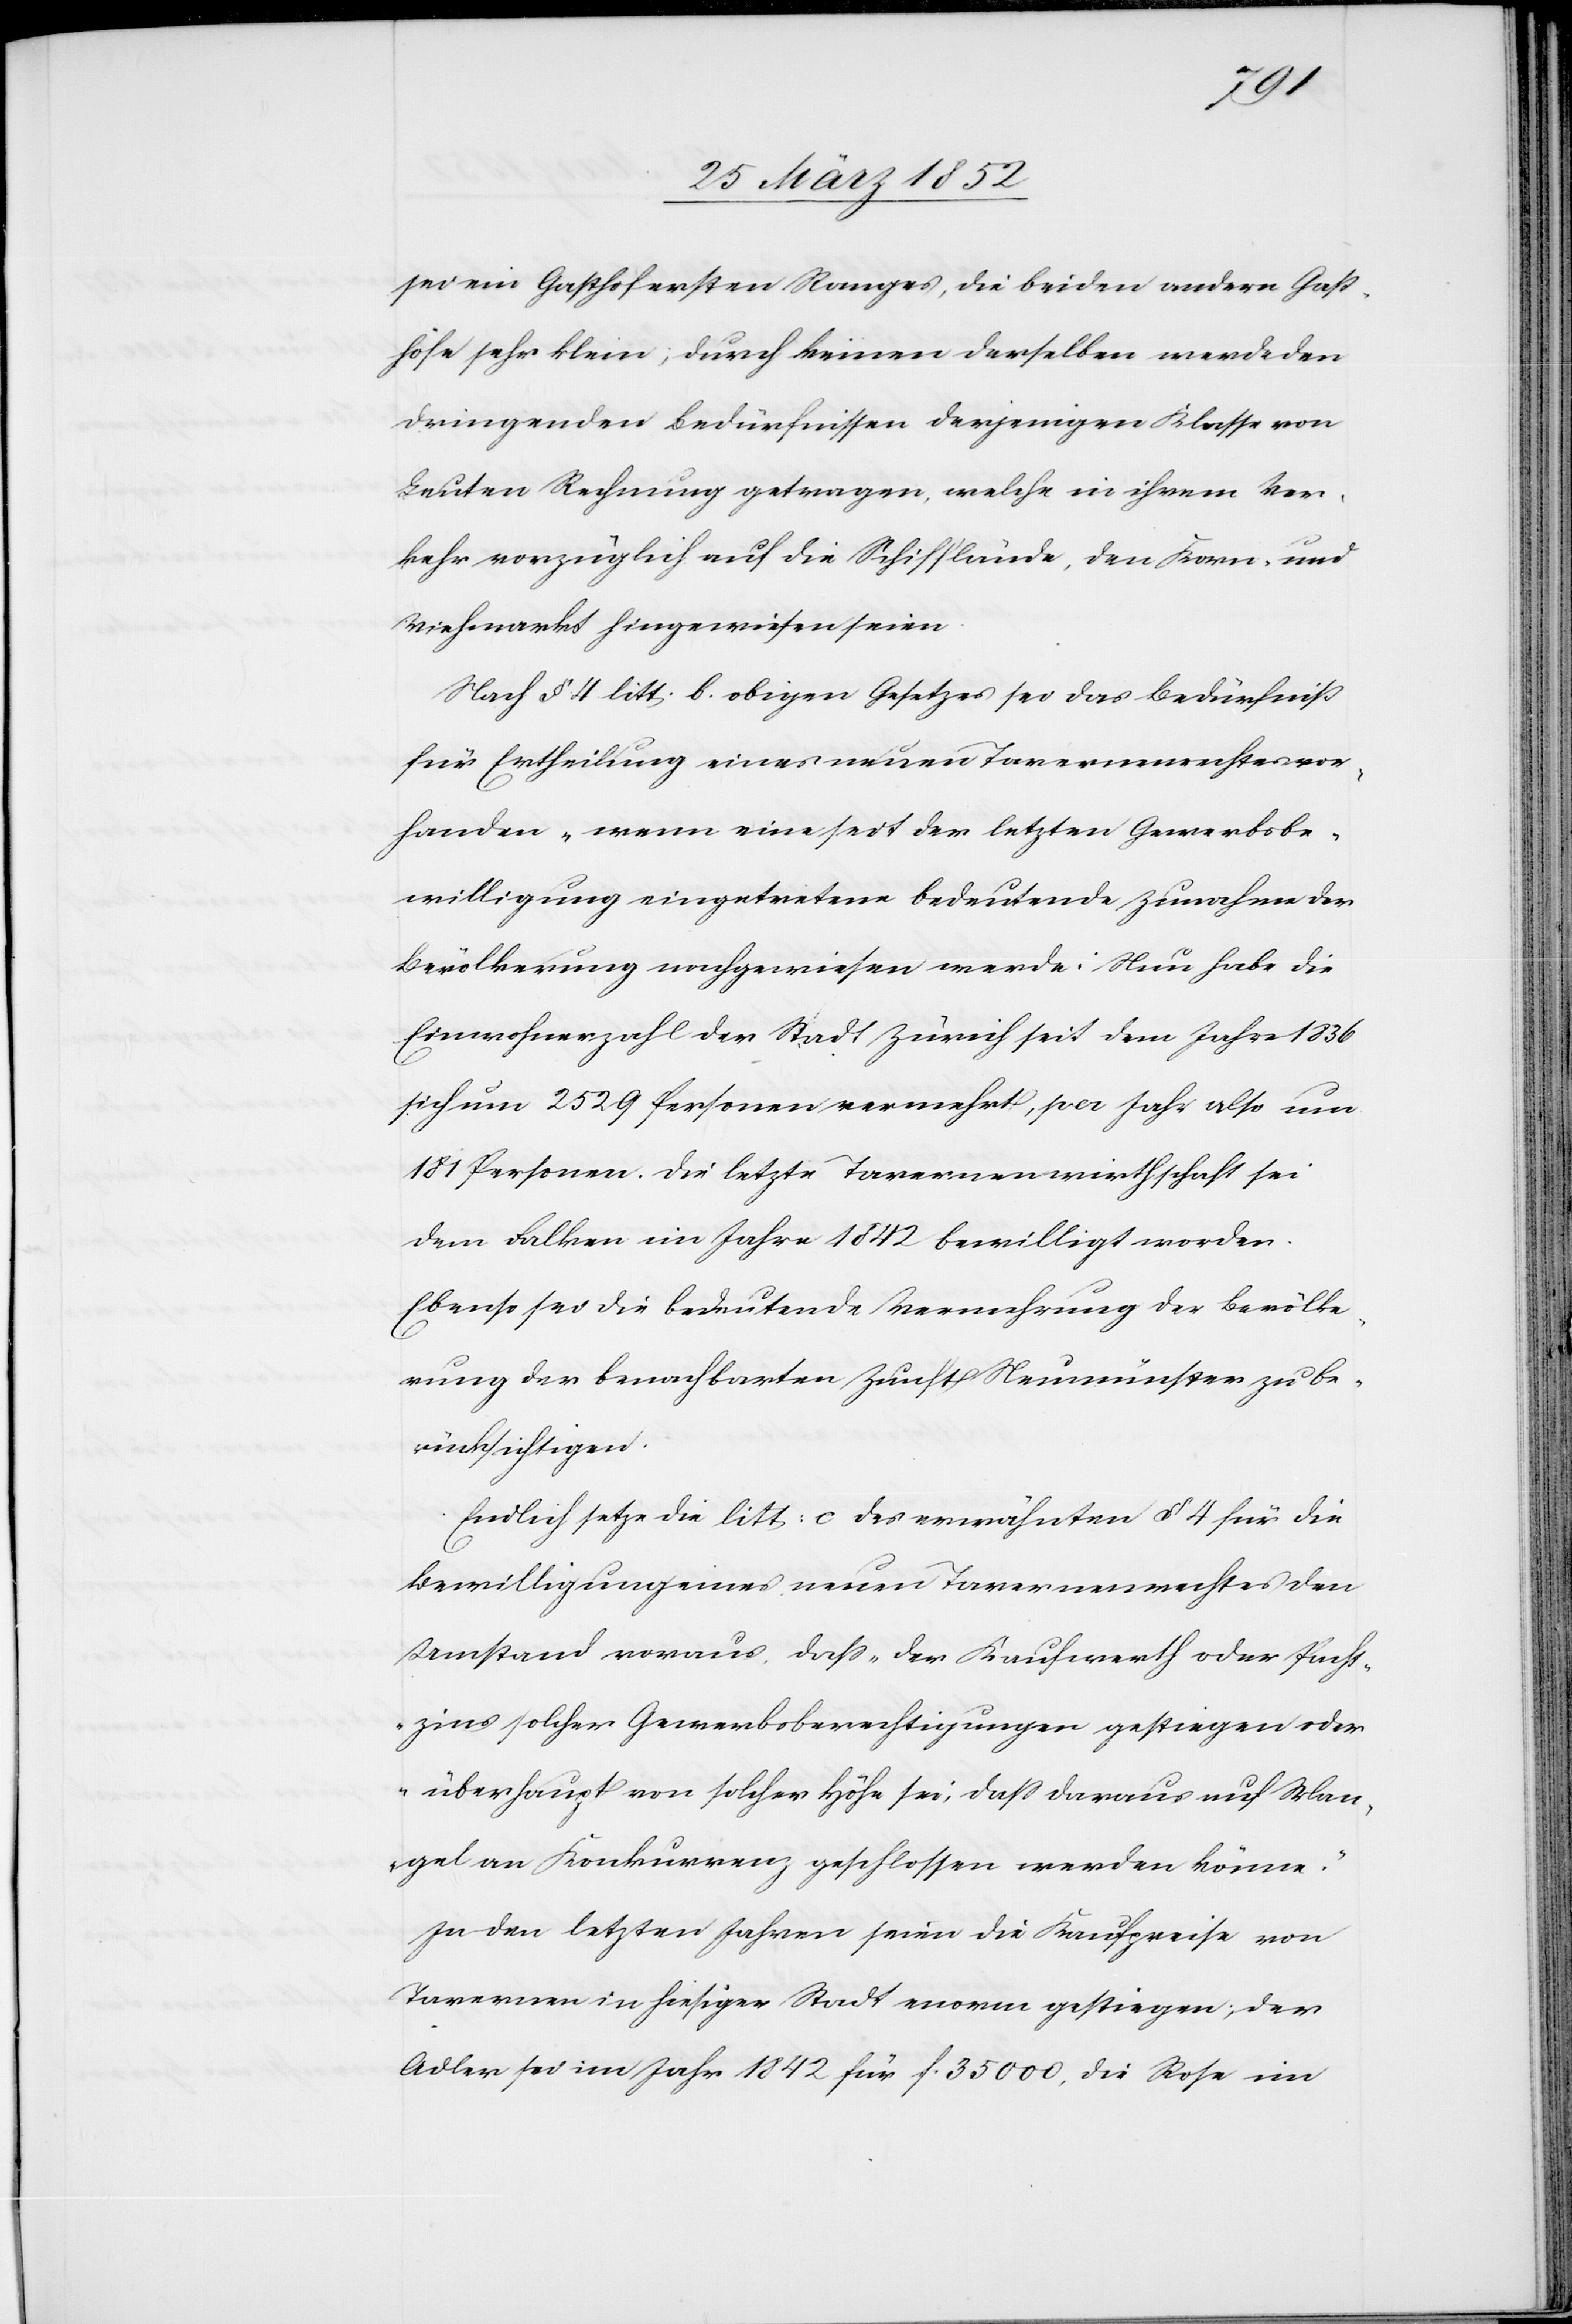
sei ein Gasthof ersten Ranges, die beiden andern Gast¬
höfe sehr klein, durch keinen derselben werde den
dringenden Bedürfnissen derjenigen Klasse von
Leuten Rechnung getragen, welche in ihrem Ver¬
kehr vorzüglich auf die Schifflände, den Korn- und
Viehmarkt hingewiesen seien.
Nach § 4 litt. b. obigen Gesetzes sei das Bedürfniß
für Ertheilung eines neuen Tavernenrechtes vor¬
handen „wenn eine seit der letzten Gewerbsbe¬
willigung eingetretene bedeutende Zunahme der
Bevölkerung nachgewiesen werde.“ Nun habe die
Einwohnerzahl der Stadt Zürich seit dem Jahre 1836
sich um 2529 Personen vermehrt, pro Jahr also um
181 Personen. Die letzte Tavernenwirthschaft sei
dem Falken im Jahre 1842 bewilligt worden.
Ebenso sei die bedeutende Vermehrung der Bevölke¬
rung der benachbarten Zunft Neumünster zu be¬
rücksichtigen.
Endlich setze die litt: c des erwähnten § 4 für die
Bewilligung eines neuen Tavernenrechtes den
Umstand voraus, daß „der Kaufwerth oder Pacht¬
zins solcher Gewerbsberechtigungen gestiegen oder
überhaupt von solcher Höhe sei, daß daraus auf Man¬
gel an Konkurrenz geschlossen werden könne.“
In den letzten Jahren seien die Kaufpreise von
Tavernen in hiesiger Stadt enorm gestiegen, der
Adler sei im Jahr 1842 für f. 35 000, die Rose im